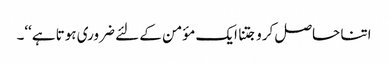
اتنا حاصل کرو جتنا ایک مؤمن کے لئے ضروری ہوتا ہے‘‘۔